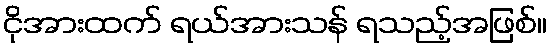
ငိုအားထက် ရယ်အားသန် ရသည့်အဖြစ်။